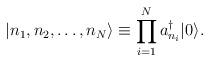
LaTeX: \begin{align*}|n_1,n_2,\dots,n_N \rangle \equiv \prod_{i=1}^N a_{n_i}^\dagger |0 \rangle.\end{align*}